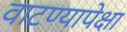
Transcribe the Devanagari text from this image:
वाटण्यापेक्षा